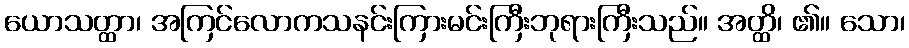
ယောသတ္ထာ၊ အကြင်လောကသနင်းကြားမင်းကြီးဘုရားကြီးသည်။ အတ္ထိ၊ ၏။ သော၊